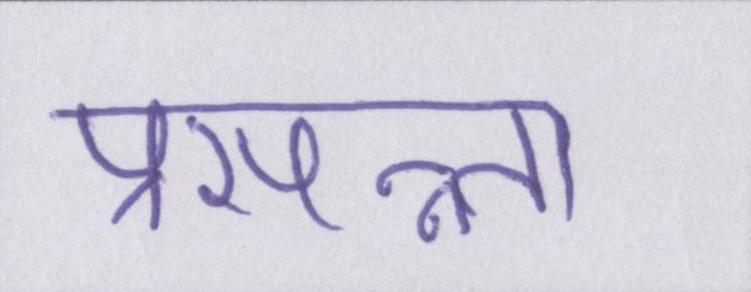
प्रसन्न्ता